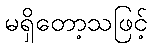
မရှိတော့သဖြင့်